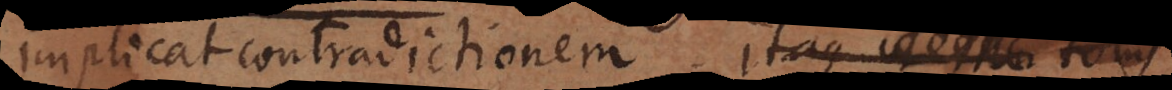
implicat contradictionem. Itaque to